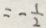
= - \frac { 1 } { 2 }